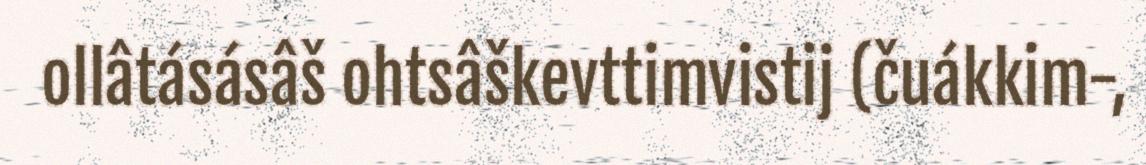
ollâtásásâš ohtsâškevttimvistij (čuákkim-,